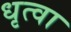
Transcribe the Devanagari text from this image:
धृत्वा